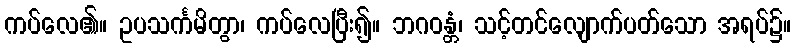
ကပ်လေ၏။ ဥပသင်္ကမိတွာ၊ ကပ်လေပြီး၍။ ဘဂဝန္တံ၊ သင့်တင်လျောက်ပတ်သော အရပ်၌။